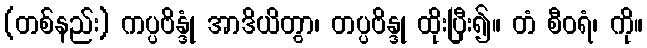
(တစ်နည်း) ကပ္ပဗိန္ဒုံ အာဒိယိတွာ၊ တပ္ပဗိန္ဒု ထိုးပြီး၍။ တံ စီဝရံ၊ ကို။